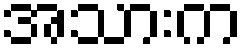
အသားက